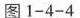
图1-4-4